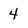
Character: 4